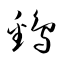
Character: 鷭